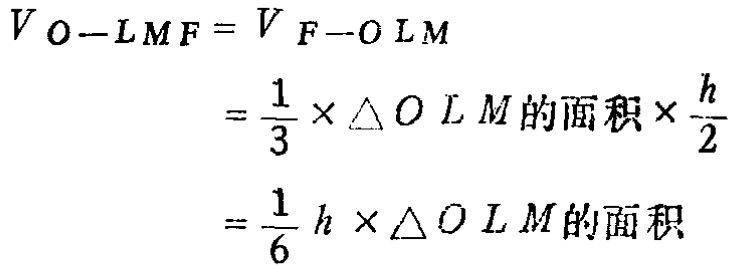
\[
\begin{align*}
V_{O - LMF}&=V_{F - OLM}\\
&=\frac{1}{3}\times \triangle OLM\text{的面积}\times\frac{h}{2}\\
&=\frac{1}{6}h\times \triangle OLM\text{的面积}
\end{align*}
\]